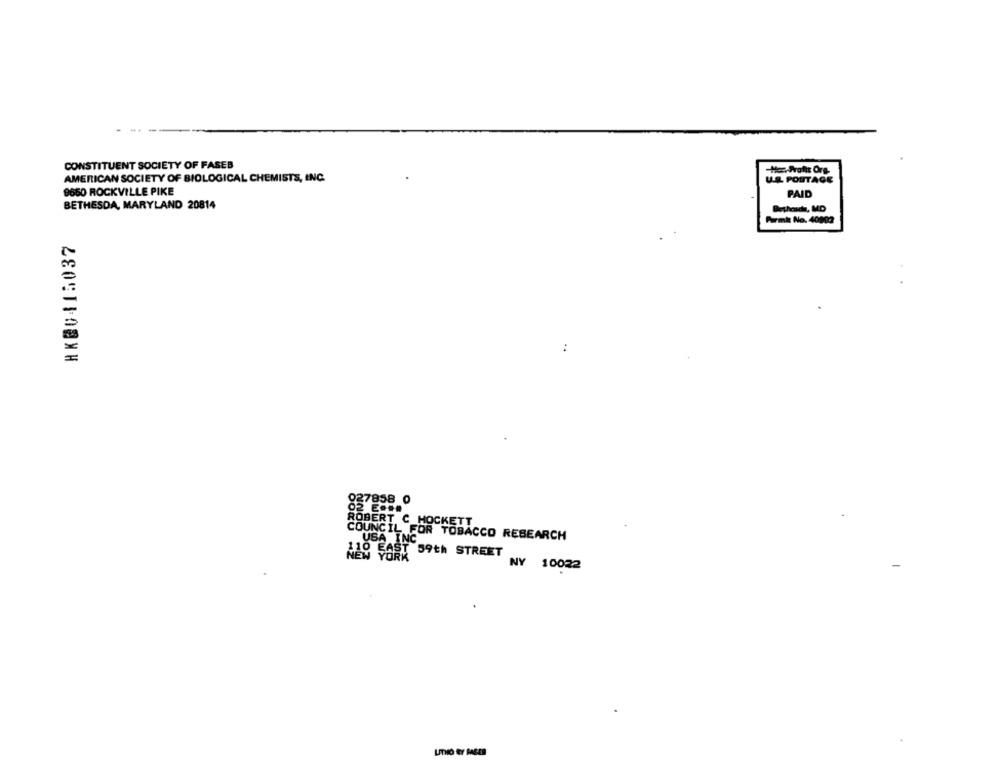
...
CONSTITUENT SOCIETY OF FASEB
.Sufit Org.
AMERICAN SOCIETY OF BIOLOGICAL CHEMISTS, INC.
UL POSTAGE
9650 ROCKVILLE PIKE
PAID
BETHESDA, MARYLAND 20814
Bethesda, MD
Parmi: No. 40802
HK@0415037
027858 0
02 E ...
ROBERT C HOCKETT
COUNCIL FOR TOBACCO RESEARCH
USA INC
EAST 59th STREET
NY 10022
LITHO RY PARED